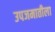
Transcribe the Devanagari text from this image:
उपजमातीला